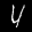
Label: 4